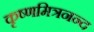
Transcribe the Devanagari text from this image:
कृष्णमित्रनन्द